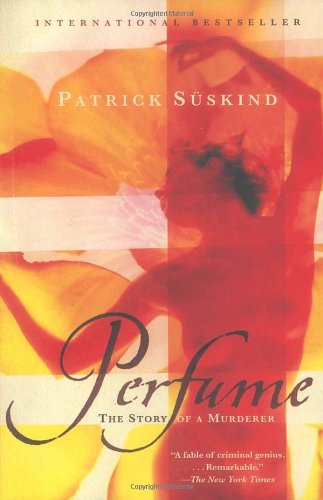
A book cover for Perfume: The Story of a Murderer; Patrick Suskind; Mystery, Thriller & Suspense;